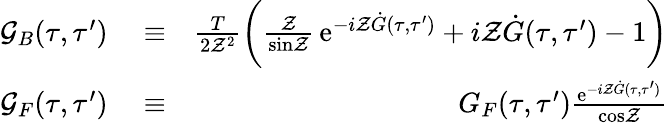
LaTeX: \begin{array}{rlr}{{\cal G}_{B}(\tau,\tau^{\prime})}&{{}\equiv}&{\frac{T}{2{\cal Z}^{2}}\biggl({\frac{\cal Z}{\mathrm{sin}{\cal Z}}}\, \mathrm{e}^{-i{\cal Z}\dot{G}(\tau,\tau^{\prime})}+i{\cal Z}\dot{G}(\tau,\tau^{\prime})-1\biggr)}\\ {{\cal G}_{F}(\tau,\tau^{\prime})}&{{}\equiv}&{G_{F}(\tau,\tau^{\prime}){\frac{\mathrm{e}^{-i{\cal Z}\dot{G}(\tau,\tau^{\prime})}}{\mathrm{cos}{\cal Z}}}}\end{array}